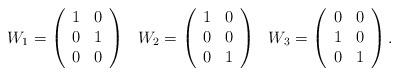
LaTeX: \begin{align*}\begin{array}{ccc}W_1 = \left( \begin{array}{cc} 1 & 0 \\ 0 & 1 \\ 0 & 0 \end{array} \right) & W_2 = \left( \begin{array}{cc} 1 & 0 \\ 0 & 0 \\ 0 & 1 \end{array} \right) & W_3 = \left( \begin{array}{cc} 0 & 0 \\ 1 & 0 \\ 0 &1 \end{array} \right).\end{array}\end{align*}